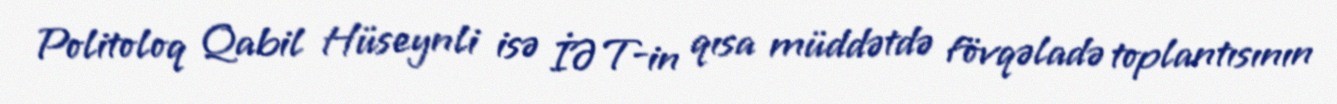
Politoloq Qabil Hüseynli isə İƏT-in qısa müddətdə fövqəladə toplantısının